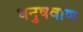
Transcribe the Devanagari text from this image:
धनुषवाण